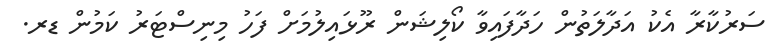
ސަރުކާރާ އެކު އަދާލަތުން ހަދާފައިވާ ކޯލިޝަން ރޫޅައިލުމަށް ފަހު މިނިސްޓަރު ކަމުން ޑރ.